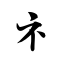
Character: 礻